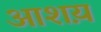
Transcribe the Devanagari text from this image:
आशय़